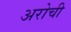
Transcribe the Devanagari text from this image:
अरोची